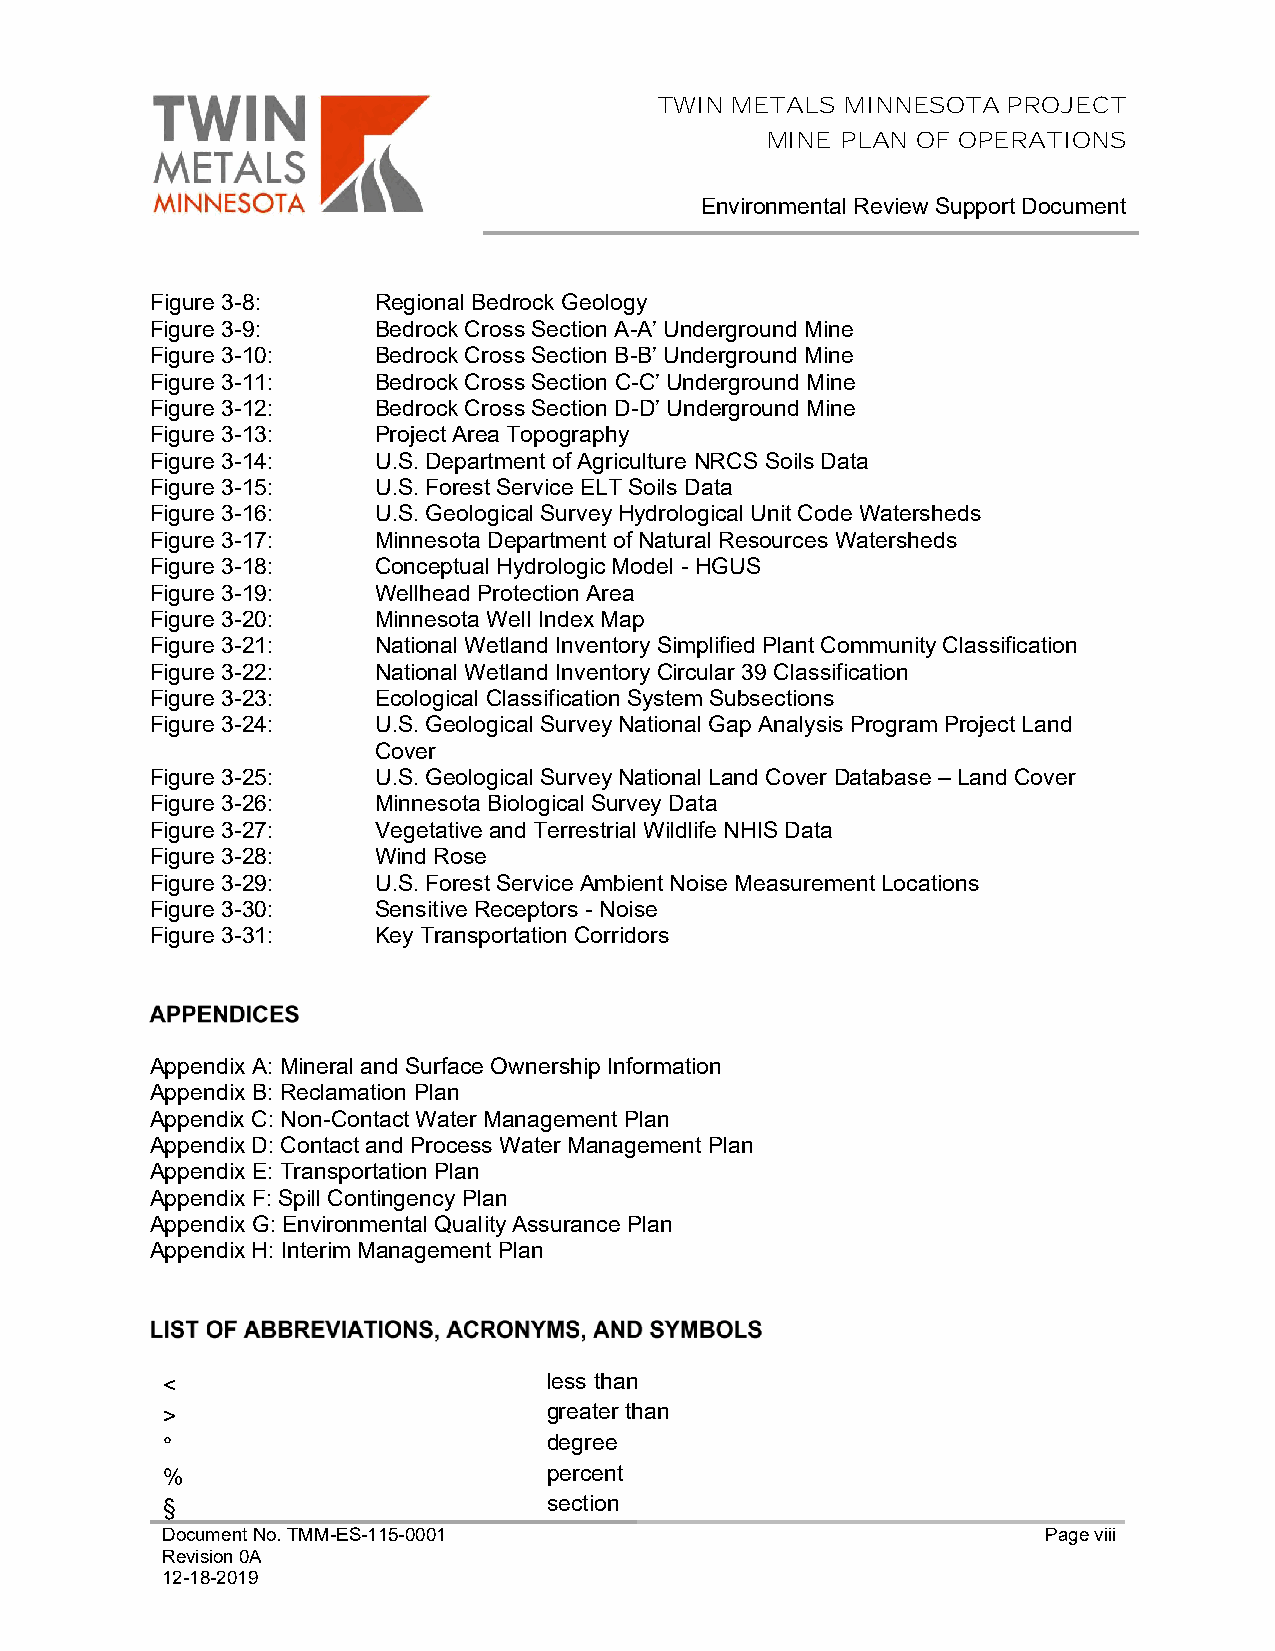
TWIN METALS MINNESOTA  PROJECT
 MINE PLAN OF OPERATIONS
 Environmental Review Support Document
 Figure 3-8:    Regional Bedrock Geology
 Figure 3-9:    Bedrock Cross Section A-A’ Underground Mine
 Figure 3-10:   Bedrock Cross Section B-B’ Underground Mine
 Figure 3-11:   Bedrock Cross Section C-C’ Underground Mine
 Figure 3-12:   Bedrock Cross Section D-D’ Underground Mine
 Figure 3-13:   Project Area Topography
 Figure 3-14:   U.S. Department of Agriculture NRCS Soils Data
 Figure 3-15:   U.S. Forest Service ELT Soils Data
 Figure 3-16:   U.S. Geological Survey Hydrological Unit Code Watersheds
 Figure 3-17:   Minnesota Department of Natural Resources Watersheds
 Figure 3-18:   Conceptual Hydrologic Model - HGUS
 Figure 3-19:   Wellhead Protection Area
 Figure 3-20:   Minnesota Well Index Map
 Figure 3-21:   National Wetland Inventory Simplified Plant Community Classification
 Figure 3-22:   National Wetland Inventory Circular 39 Classification
 Figure 3-23:   Ecological Classification System Subsections
 Figure 3-24:   U.S. Geological Survey National Gap Analysis Program Project Land
 Cover
 Figure 3-25:   U.S. Geological Survey National Land Cover Database – Land Cover
 Figure 3-26:   Minnesota Biological Survey Data
 Figure 3-27:   Vegetative and Terrestrial Wildlife NHIS Data
 Figure 3-28:   Wind Rose
 Figure 3-29:   U.S. Forest Service Ambient Noise Measurement Locations
 Figure 3-30:   Sensitive Receptors - Noise
 Figure 3-31:   Key Transportation Corridors
 Appendix A: Mineral and Surface Ownership Information
 Appendix B: Reclamation Plan
 Appendix C: Non-Contact Water Management Plan
 Appendix D: Contact and Process Water Management Plan
 Appendix E: Transportation Plan
 Appendix F: Spill Contingency Plan
 Appendix G: Environmental Quality Assurance Plan
 Appendix H: Interim Management Plan
 <                        less than
 >                        greater than
 °                        degree
 %                        percent
 §                        section
 Document No. TMM-ES-115-0001                              Page viii
 Revision 0A
 12-18-2019